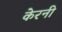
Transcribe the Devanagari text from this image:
केरनी